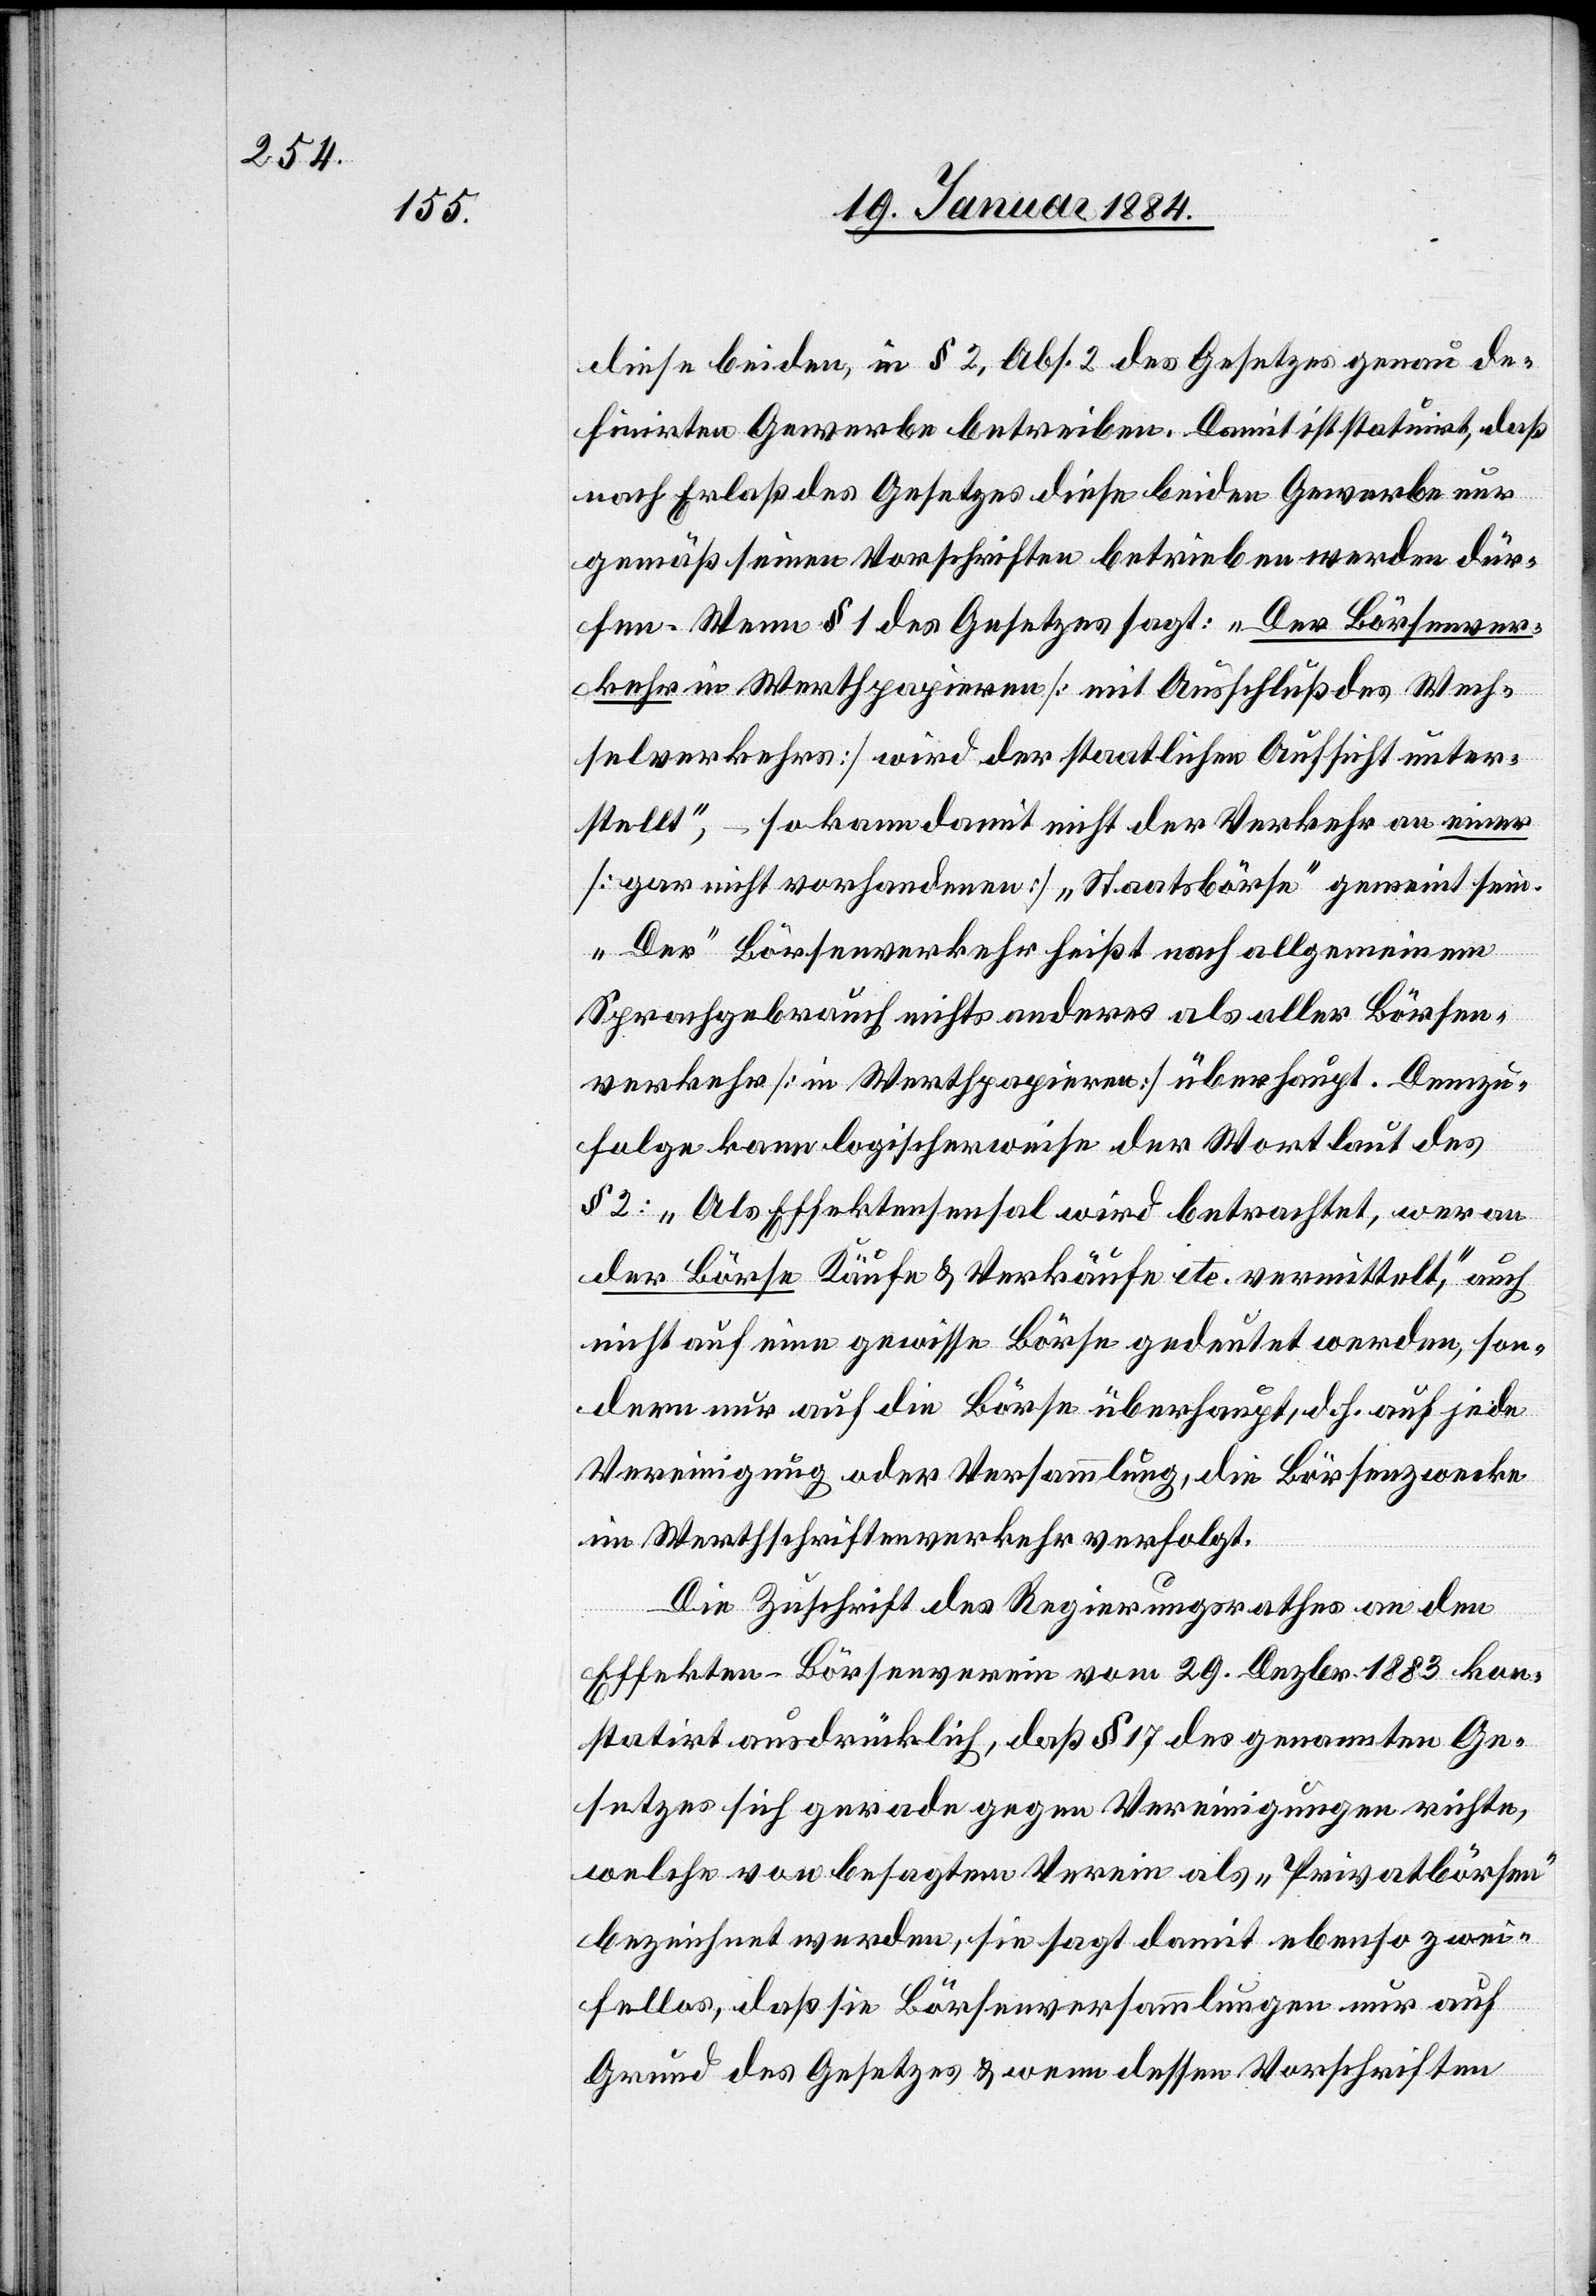
diese beiden, in § 2, Abs. 2 des Gesetzes genau de¬
finirten Gewerbe betreiben. Damit ist statuirt, daß
nach Erlaß des Gesetzes diese beiden Gewerbe nur
gemäß seinen Vorschriften betrieben werden dür¬
fen. Wenn § 1 des Gesetzes sagt: „Der Börsenver¬
kehr in Werthpapieren [mit Ausschluß des Wech¬
selverkehrs] wird der staatlichen Aufsicht unter¬
stellt“, – so kann damit nicht der Verkehr an einer
[gar nicht vorhandenen] „Staatsbörse“ gemeint sein.
„Der“ Börsenverkehr heißt nach allgemeinem
Sprachgebrauch nichts anderes als aller Börsen¬
verkehr [in Werthpapieren] überhaupt. Demzu¬
folge kann logischerweise der Wortlaut des
§ 2: „Als Effektensensal wird betrachtet, wer an
der Börse Käufe & Verkäufe etc. vermittelt“, auch
nicht auf eine gewisse Börse gedeutet werden, son¬
dern nur auf die Börse überhaupt, d. h. auf jede
Vereinigung oder Versammlung, die Börsenzwecke
im Werthschriftenverkehr verfolgt.
Die Zuschrift des Regierungsrathes an den
Effekten-Börsenverein vom 29. Dezbr. 1883 kon¬
statirt ausdrücklich, daß § 17 des genannten Ge¬
setzes sich gerade gegen Vereinigungen richte,
welche von besagtem Verein als „Privatbörsen“
bezeichnet werden, sie sagt damit ebenso zwei¬
fellos, daß sie Börsenversammlungen nur auf
Grund des Gesetzes & wenn dessen Vorschriften